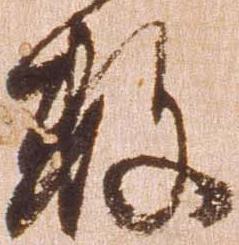
数